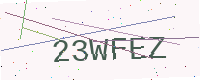
Text: 23WFEZ